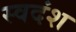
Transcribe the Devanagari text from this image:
स्वदंश